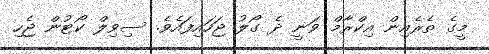
މީގެ ތެރެއިން އިކްރާމް ވަނީ ދެ ގޯލު ޖަހައިފައެވެ. ސިވިލް ކޯޓުން ޖެހި